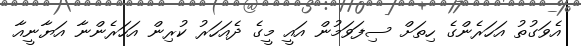
އެވަގުތު އަހަރެންގެ ހިތަށް ސިފަވަމުން އައީ މީގެ ދެއަހަރު ކުރިން އަހަރެންނާ އަޔާނީއާ